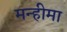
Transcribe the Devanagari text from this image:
मन्हीमा